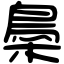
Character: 䲷